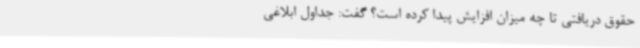
حقوق دریافتی تا چه میزان افزایش پیدا کرده است؟ گفت: جداول ابلاغی